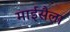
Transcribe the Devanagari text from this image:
माईसैला